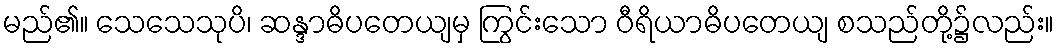
မည်၏။ သေသေသုပိ၊ ဆန္ဒာဓိပတေယျမှ ကြွင်းသော ဝီရိယာဓိပတေယျ စသည်တို့၌လည်း။